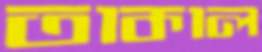
তাকাল